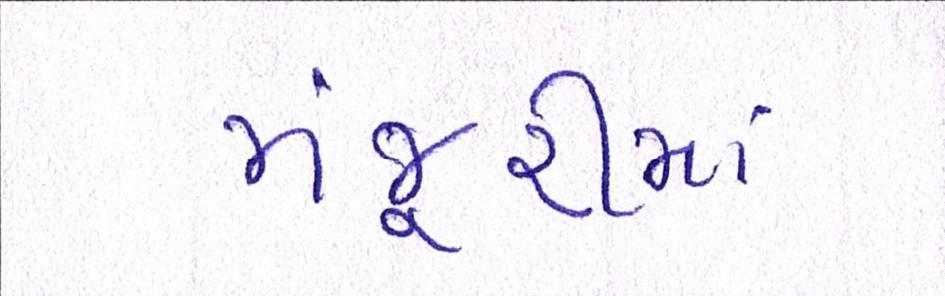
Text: મંજૂરીમાં